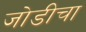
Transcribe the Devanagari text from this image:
जोडीचा